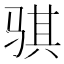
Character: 骐